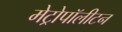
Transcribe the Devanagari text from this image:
मेट्रोपॉलीटन